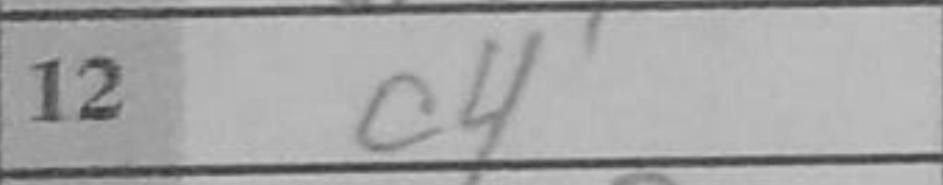
Transcription: c4